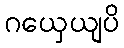
ဂယှေယျပိ